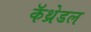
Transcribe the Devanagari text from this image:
कॅथ्रेडल